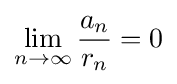
\lim _{n\to \infty }{\frac {a_{n}}{r_{n}}}=0